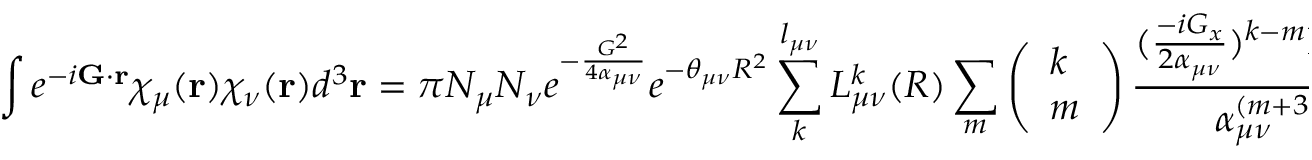
\int e ^ { - i \mathbf { G } \cdot \mathbf { r } } \chi _ { \mu } ( \mathbf { r } ) \chi _ { \nu } ( \mathbf { r } ) d ^ { 3 } \mathbf { r } = \pi N _ { \mu } N _ { \nu } e ^ { - \frac { G ^ { 2 } } { 4 \alpha _ { \mu \nu } } } e ^ { - \theta _ { \mu \nu } R ^ { 2 } } \sum _ { k } ^ { l _ { \mu \nu } } L _ { \mu \nu } ^ { k } ( R ) \sum _ { m } \left( \begin{array} { l } { k } \\ { m } \end{array} \right) \frac { ( \frac { - i G _ { x } } { 2 \alpha _ { \mu \nu } } ) ^ { k - m } \Gamma ( \frac { m + 1 } { 2 } ) } { \alpha _ { \mu \nu } ^ { ( m + 3 ) / 2 } } .